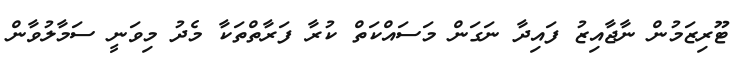
ޓޫރިޒަމުން ނާޖާއިޒު ފައިދާ ނަގަން މަސައްކަތް ކުރާ ފަރާތްތަކާ މެދު މިވަނީ ސަމާލުވާން